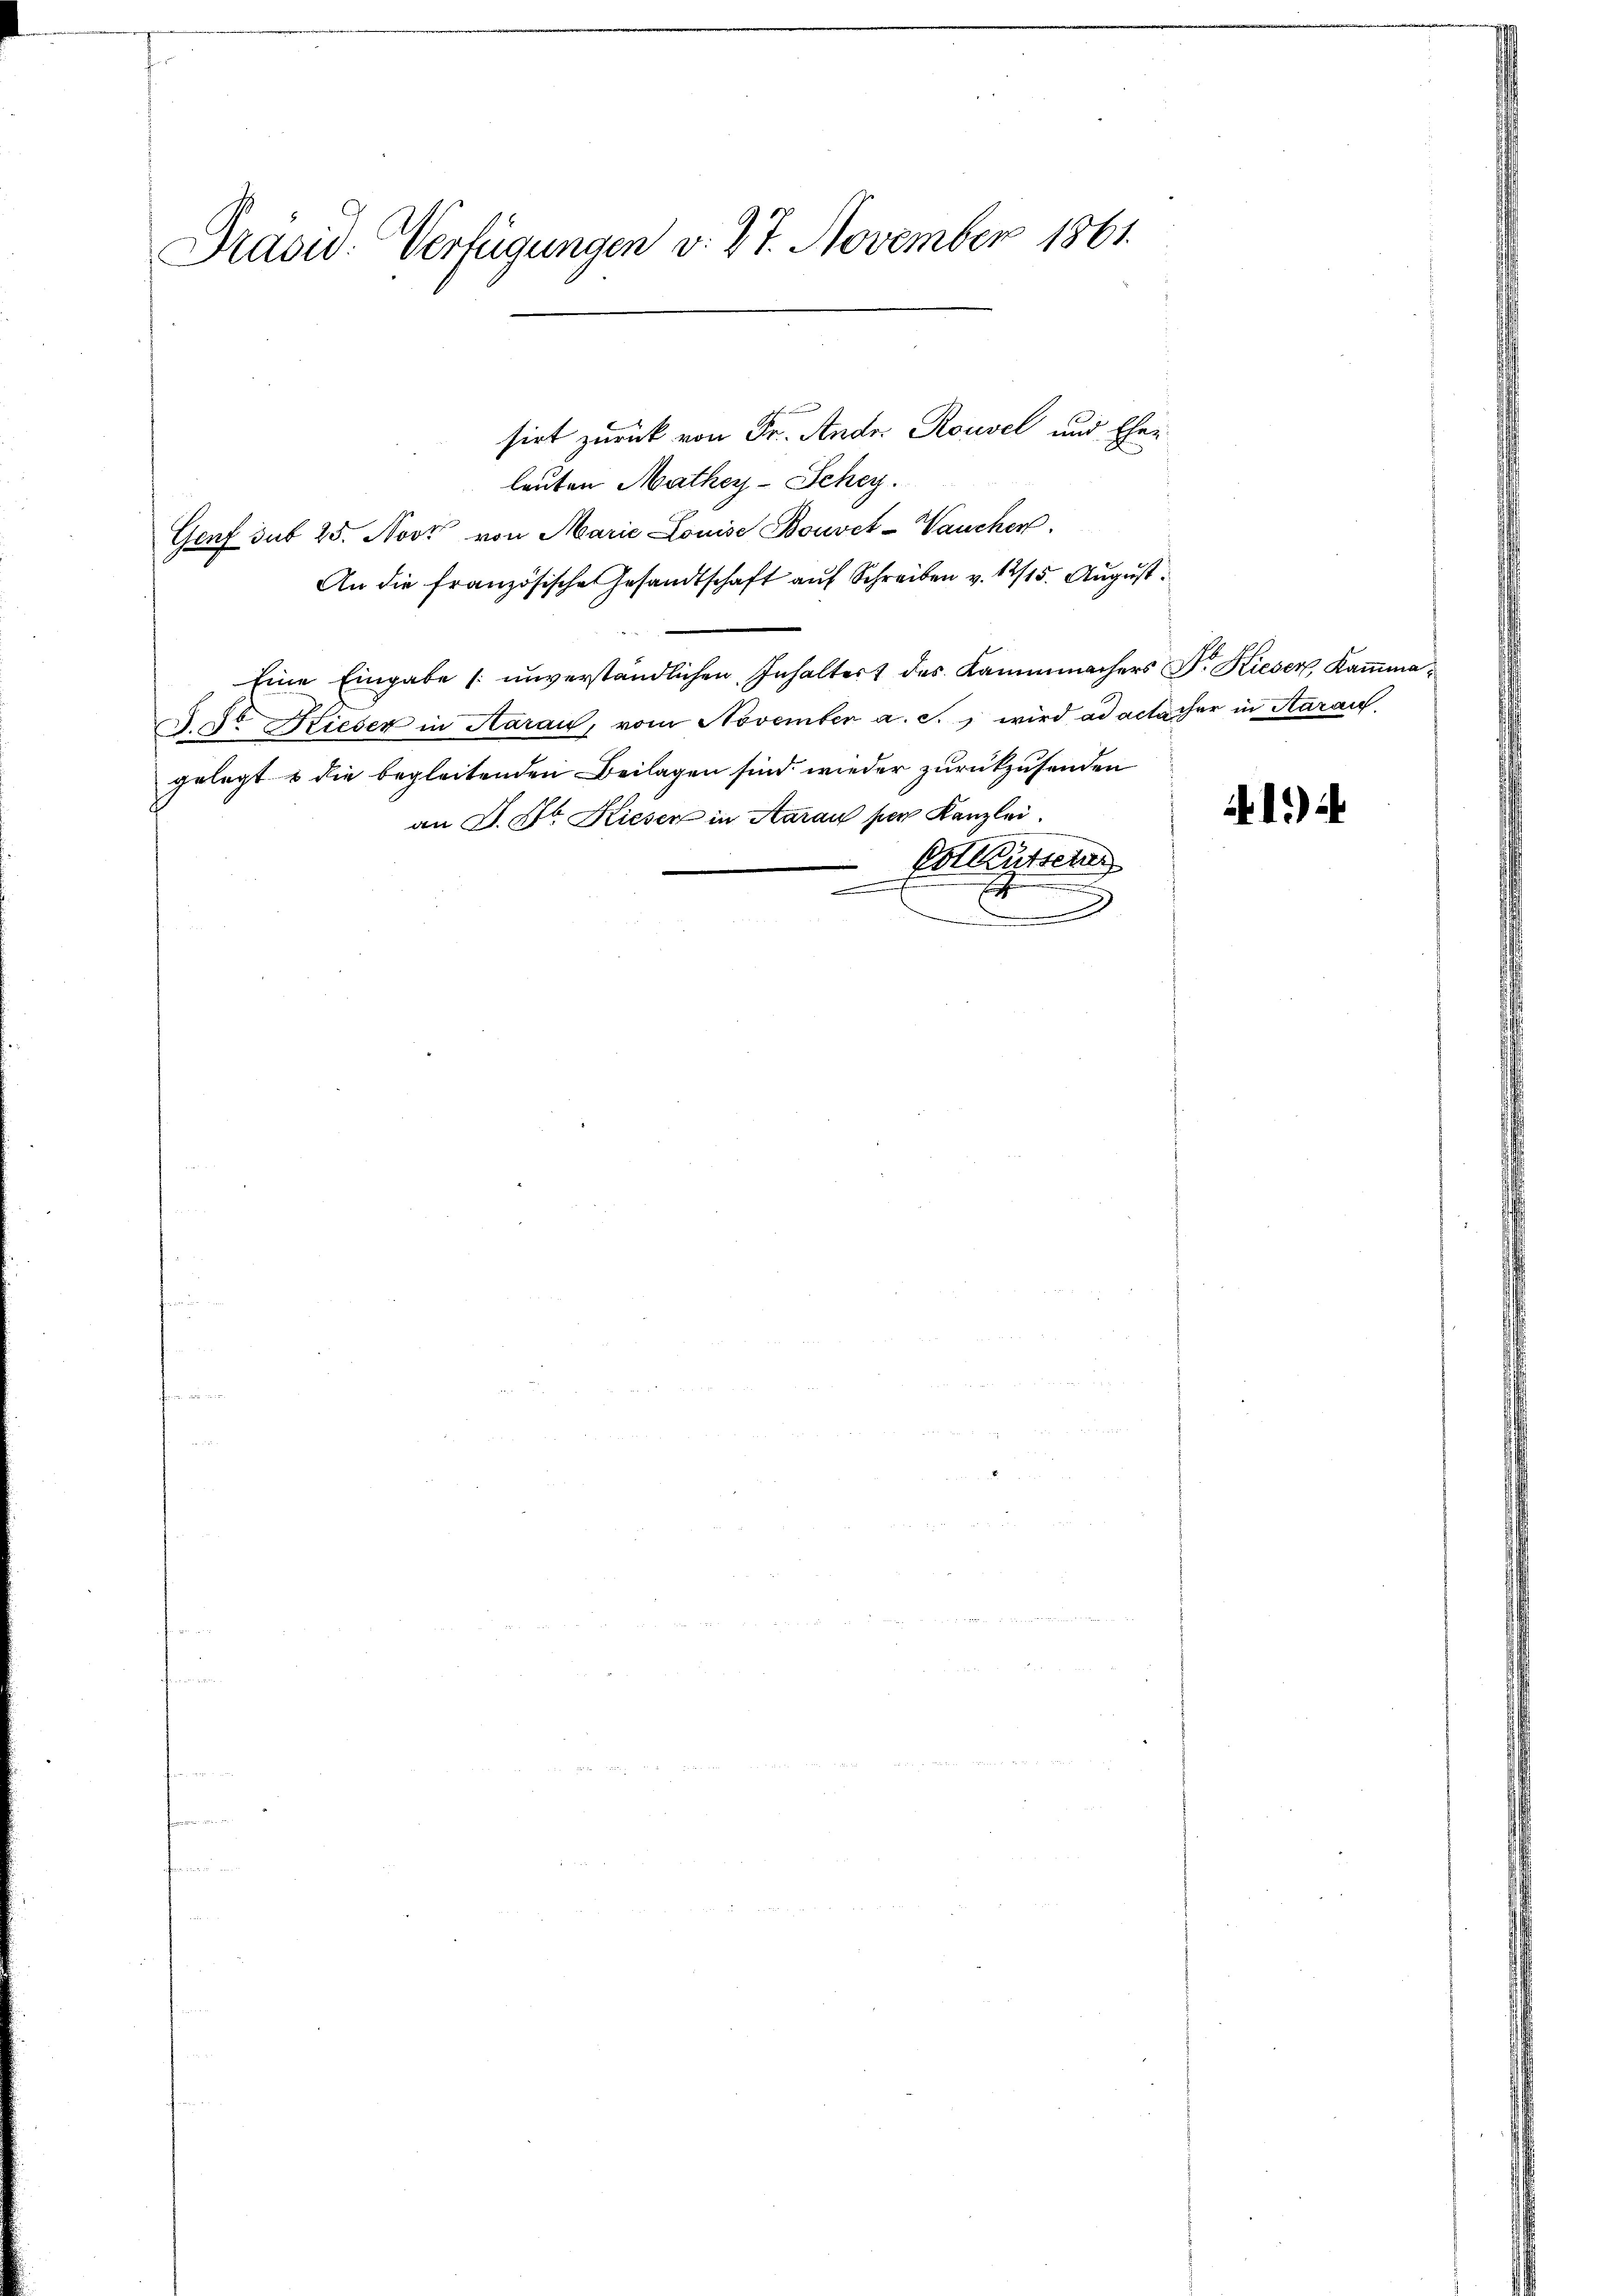
Präsid. Verfügungen v. 27. November 1861.

sirt zurück von Fr. Andr. Rousel und Eher
leuten Mathey-Schey.
Genf sub 25. Novt von Marie Louise Bouvet-Vaucher.
An die französische Gesandtschaft auf Schreiben v. 12/15. August
Eine Eingabe unverständlichen Inhaltert des Kammmachers Dr. Kieser, Kaṁma¬
J. der Rieser in Aarau, vom November a. c., wird ad actacher in Starau
gelegt & die begleitenden Beilagen sind wieder zurückzusenden
an J. H. Kieser in Aarau der Kanzlei.
Estutzen
.
2
.

11)